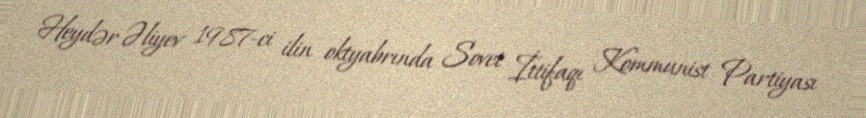
Heydər Əliyev 1987-ci ilin oktyabrında Sovet İttifaqı Kommunist Partiyası